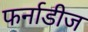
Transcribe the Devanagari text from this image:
फर्नाडीज